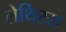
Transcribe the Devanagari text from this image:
लेथिरस